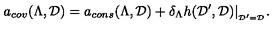
a _ { c o v } ( \Lambda , { \cal D } ) = a _ { c o n s } ( \Lambda , { \cal D } ) + \delta _ { \Lambda } h ( { \cal D } ^ { \prime } , { \cal D } ) | _ { _ { { \cal D } ^ { \prime } = { \cal D } } } .